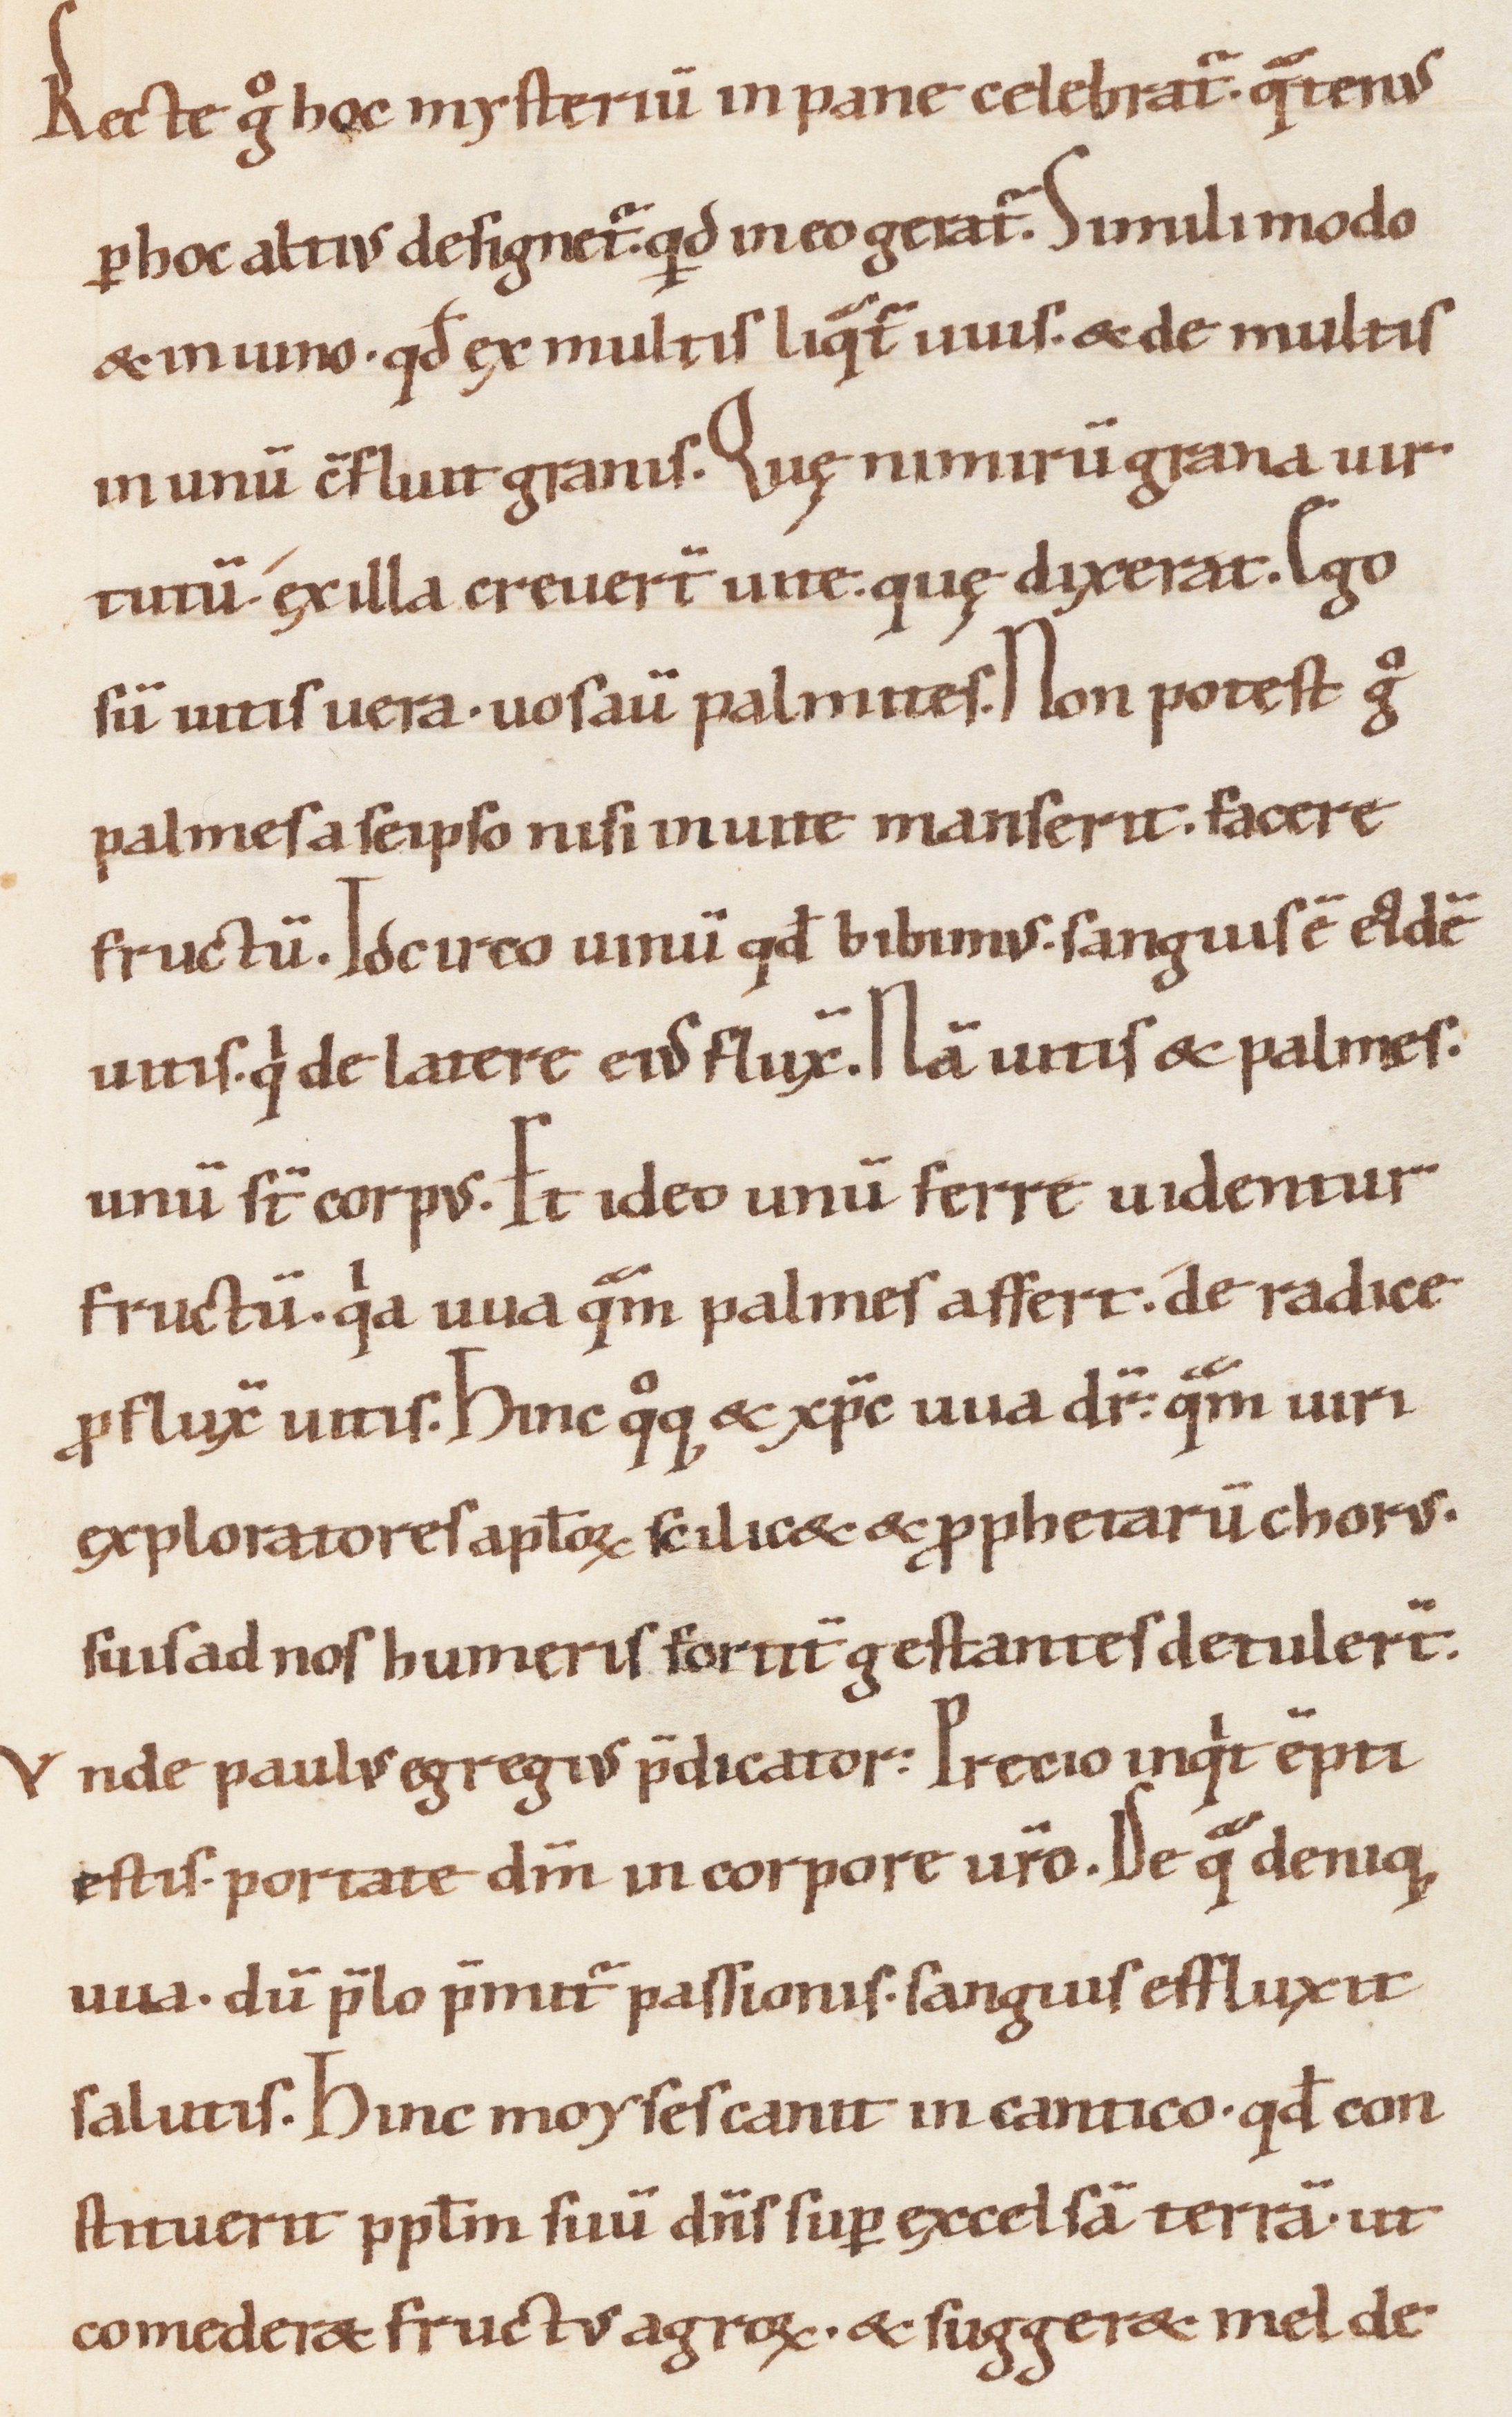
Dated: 1000–1099